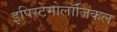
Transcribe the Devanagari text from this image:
इपिस्टेमोलॉजिकल